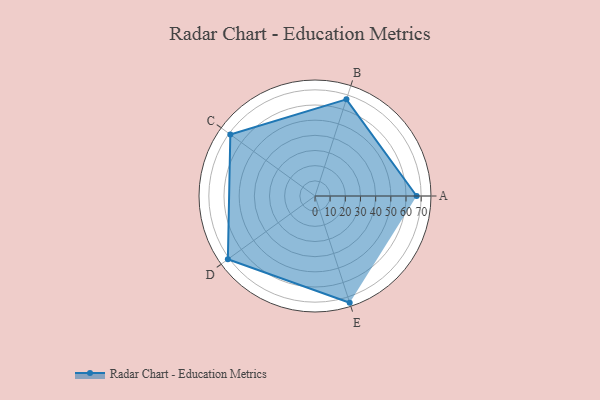
{"axis": {"x": "Skill", "y": "Score"}, "legend": ["Profile"], "data": [{"x": "A", "y": 67.0, "type": "Profile"}, {"x": "B", "y": 67.0, "type": "Profile"}, {"x": "C", "y": 69.0, "type": "Profile"}, {"x": "D", "y": 71.0, "type": "Profile"}, {"x": "E", "y": 74.0, "type": "Profile"}]}